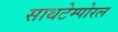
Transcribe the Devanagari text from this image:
साथटेम्पोरल